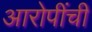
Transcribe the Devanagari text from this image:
आरोपींची